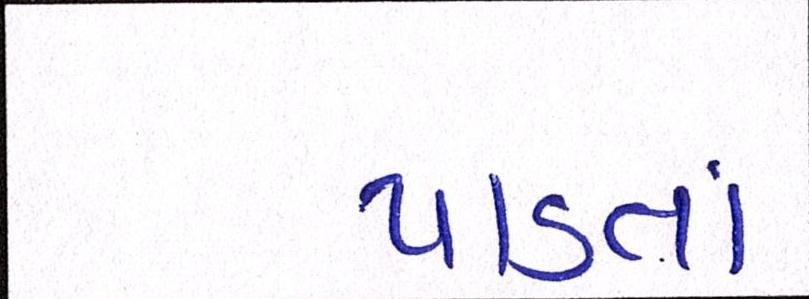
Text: પાડતાં